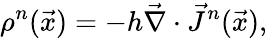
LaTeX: \rho^{n}(\vec{x})=-h\vec{\nabla}\cdot\vec{J}^{n}(\vec{x}),